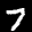
Label: 7